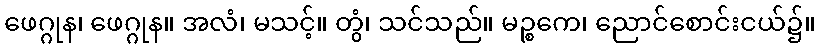
ဖေဂ္ဂုန၊ ဖေဂ္ဂုန။ အလံ၊ မသင့်။ တွံ၊ သင်သည်။ မဉ္စကေ၊ ညောင်စောင်းငယ်၌။